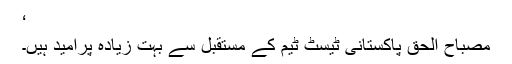
‘
مصباح الحق پاکستانی ٹیسٹ ٹیم کے مستقبل سے بہت زیادہ پرامید ہیں۔